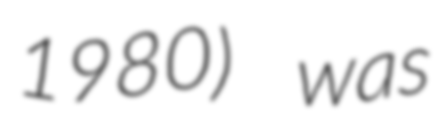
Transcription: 1980) was